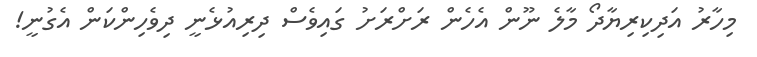
މިހާރު އަދިކިރިޔާދޯ މާލެ ނޫން އެހެން ރަށްރަށު ގައިވެސް ދިރިއުޅެނީ ދިވެހިންކަން އެގުނީ!